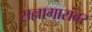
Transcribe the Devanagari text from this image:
सल्लागारांवर